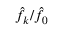
\hat { f } _ { k } / \hat { f } _ { 0 }